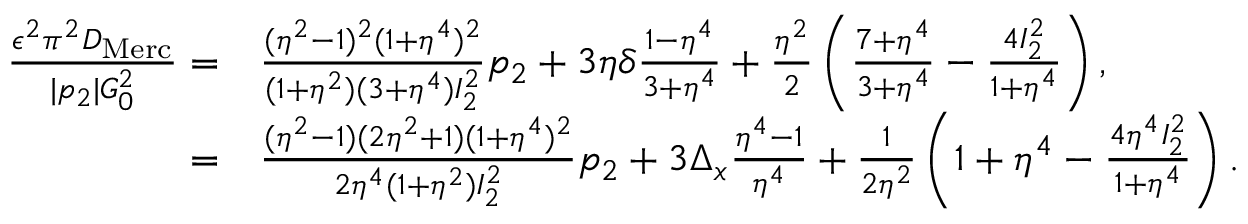
\begin{array} { r l } { \frac { \epsilon ^ { 2 } \pi ^ { 2 } D _ { \mathrm { M e r c } } } { | p _ { 2 } | G _ { 0 } ^ { 2 } } = } & { \frac { ( \eta ^ { 2 } - 1 ) ^ { 2 } ( 1 + \eta ^ { 4 } ) ^ { 2 } } { ( 1 + \eta ^ { 2 } ) ( 3 + \eta ^ { 4 } ) I _ { 2 } ^ { 2 } } p _ { 2 } + 3 \eta \delta \frac { 1 - \eta ^ { 4 } } { 3 + \eta ^ { 4 } } + \frac { \eta ^ { 2 } } { 2 } \left( \frac { 7 + \eta ^ { 4 } } { 3 + \eta ^ { 4 } } - \frac { 4 I _ { 2 } ^ { 2 } } { 1 + \eta ^ { 4 } } \right) , } \\ { = } & { \frac { ( \eta ^ { 2 } - 1 ) ( 2 \eta ^ { 2 } + 1 ) ( 1 + \eta ^ { 4 } ) ^ { 2 } } { 2 \eta ^ { 4 } ( 1 + \eta ^ { 2 } ) I _ { 2 } ^ { 2 } } p _ { 2 } + 3 \Delta _ { x } \frac { \eta ^ { 4 } - 1 } { \eta ^ { 4 } } + \frac { 1 } { 2 \eta ^ { 2 } } \left( 1 + \eta ^ { 4 } - \frac { 4 \eta ^ { 4 } I _ { 2 } ^ { 2 } } { 1 + \eta ^ { 4 } } \right) . } \end{array}